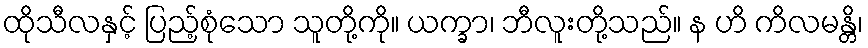
ထိုသီလနှင့် ပြည့်စုံသော သူတို့ကို။ ယက္ခာ၊ ဘီလူးတို့သည်။ န ဟိ ကိလမန္တိ၊